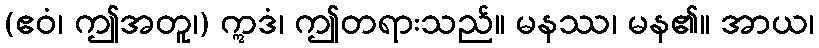
(ဧဝံ၊ ဤအတူ၊) ဣဒံ၊ ဤတရားသည်။ မနဿ၊ မန၏။ အာယ၊